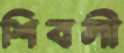
শিবলী